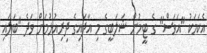
އެކަމަކު "އަވަސް" ގެ ޓީމުން ޝަލަބީގެ މި އާދައިގެ ދިރިއުޅުމަށް ވަދެ "ބަލައި